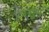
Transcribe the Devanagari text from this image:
असून